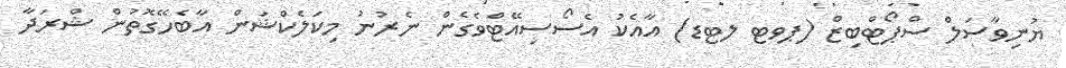
ޔުނިވާސަލް ސްޕޯޓްބިޒް (ޕވޓ ލޓޑ) އާއެކު އެސޯސިއޭޓްވެގެން ނެރުނު މިކަލެކްޝަން އާބެހޭގޮތުން ޝްރަދާ